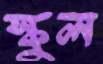
স্কুল